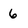
Character: 6